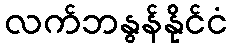
လက်ဘနွန်နိုင်ငံ